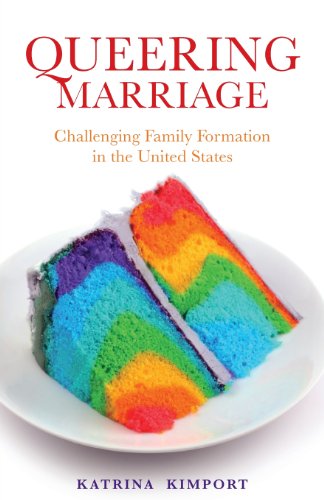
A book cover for Queering Marriage: Challenging Family Formation in the United States (Families in Focus); Katrina Kimport; Gay & Lesbian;